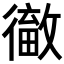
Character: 𢕹